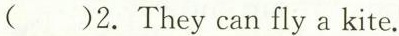
()2. They can fly a kite.